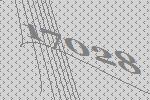
17028